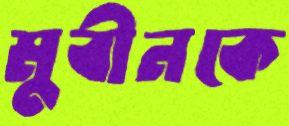
মুবীনকে